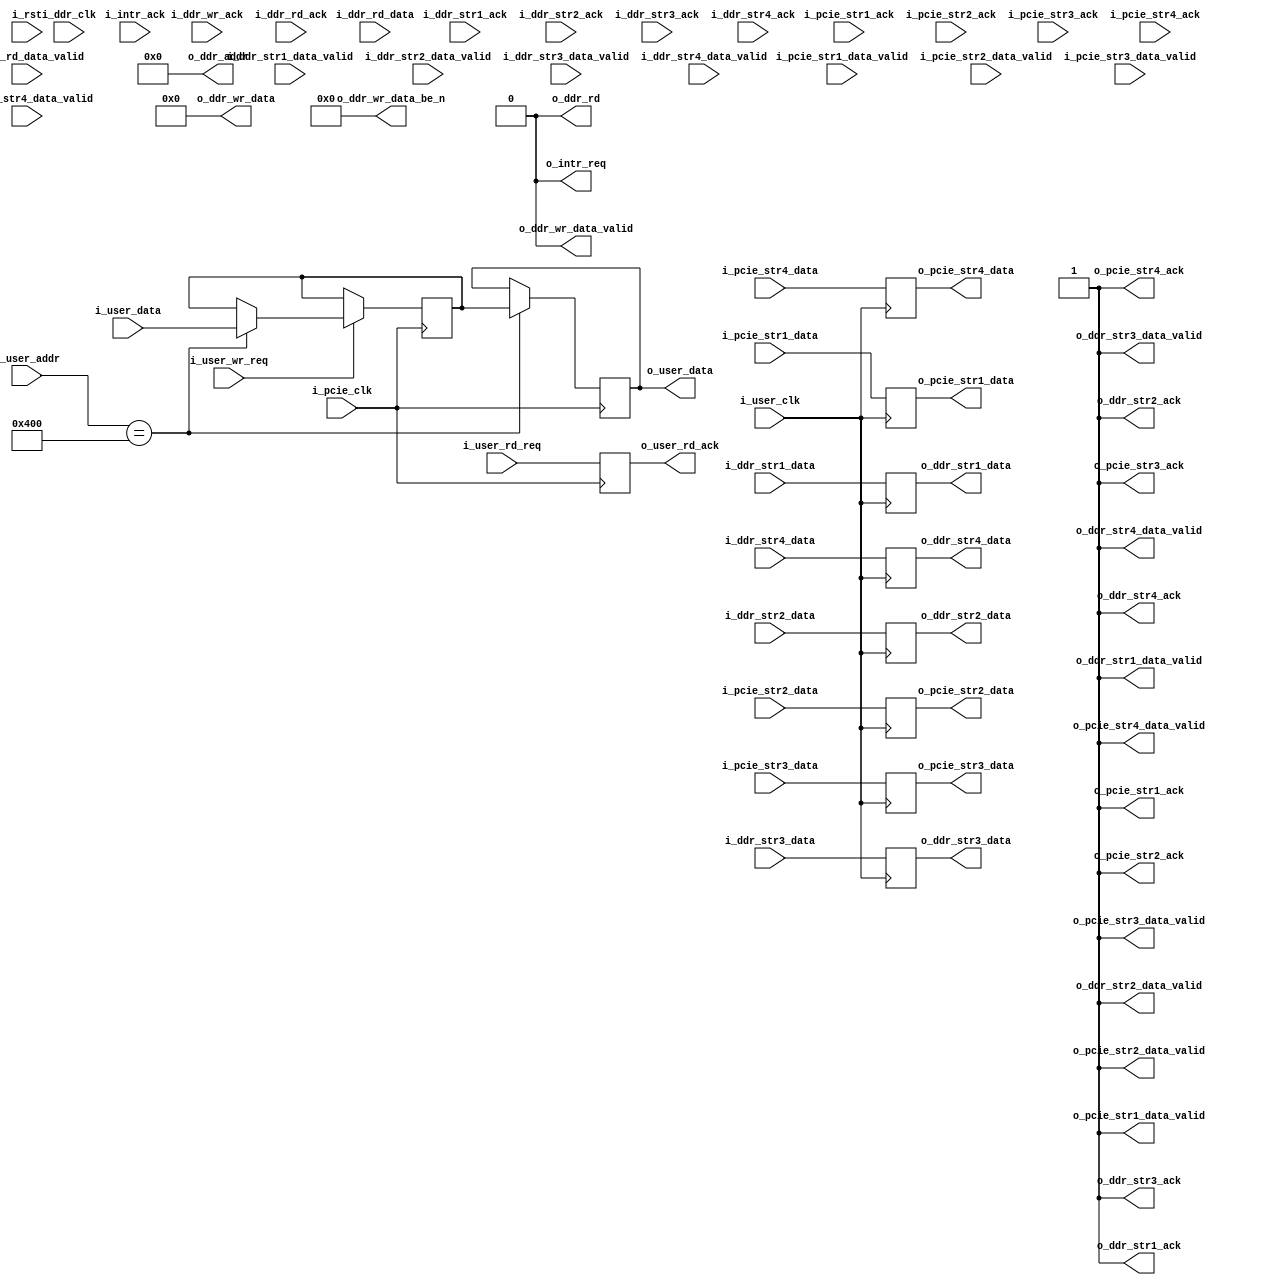
module user_logic_17(
    input              i_pcie_clk, 
    input              i_ddr_clk,  
    input              i_user_clk,  
    input              i_rst,
    input    [31:0]    i_user_data,
    input    [19:0]    i_user_addr,
    input              i_user_wr_req,
    output  reg [31:0] o_user_data,
    output  reg        o_user_rd_ack,
    input              i_user_rd_req, 
    output   [255:0]   o_ddr_wr_data,
    output   [31:0]    o_ddr_wr_data_be_n,
    output             o_ddr_wr_data_valid,
    output   [26:0]    o_ddr_addr,
    output             o_ddr_rd,
    input    [255:0]   i_ddr_rd_data,
    input              i_ddr_rd_data_valid,
    input              i_ddr_wr_ack,
    input              i_ddr_rd_ack,
    input              i_ddr_str1_data_valid,
    output             o_ddr_str1_ack,
    input    [63:0]    i_ddr_str1_data,
    output             o_ddr_str1_data_valid,
    input              i_ddr_str1_ack,
    output   reg [63:0]o_ddr_str1_data,
    input              i_ddr_str2_data_valid,
    output             o_ddr_str2_ack,
    input    [63:0]    i_ddr_str2_data,
    output             o_ddr_str2_data_valid,
    input              i_ddr_str2_ack,
    output   reg [63:0]o_ddr_str2_data,
    input              i_ddr_str3_data_valid,
    output             o_ddr_str3_ack,
    input    [63:0]    i_ddr_str3_data,
    output             o_ddr_str3_data_valid,
    input              i_ddr_str3_ack,
    output   reg [63:0]o_ddr_str3_data,	 
    input              i_ddr_str4_data_valid,
    output             o_ddr_str4_ack,
    input    [63:0]    i_ddr_str4_data,
    output             o_ddr_str4_data_valid,
    input              i_ddr_str4_ack,
    output   reg [63:0]o_ddr_str4_data,
    input              i_pcie_str1_data_valid,
    output             o_pcie_str1_ack,
    input    [63:0]    i_pcie_str1_data,
    output             o_pcie_str1_data_valid,
    input              i_pcie_str1_ack,
    output   reg [63:0]o_pcie_str1_data,
    input              i_pcie_str2_data_valid,
    output             o_pcie_str2_ack,
    input    [63:0]    i_pcie_str2_data,
    output             o_pcie_str2_data_valid,
    input              i_pcie_str2_ack,
    output   reg [63:0]o_pcie_str2_data,
    input              i_pcie_str3_data_valid,
    output             o_pcie_str3_ack,
    input    [63:0]    i_pcie_str3_data,
    output             o_pcie_str3_data_valid,
    input              i_pcie_str3_ack,
    output   reg [63:0]o_pcie_str3_data,
    input              i_pcie_str4_data_valid,
    output             o_pcie_str4_ack,
    input    [63:0]    i_pcie_str4_data,
    output             o_pcie_str4_data_valid,
    input              i_pcie_str4_ack,
    output   reg [63:0]o_pcie_str4_data,
    output             o_intr_req,
    input              i_intr_ack
);
reg [31:0] user_control;
assign o_intr_req             = 1'b0;
assign o_ddr_wr_data          = 0;
assign o_ddr_wr_data_be_n     = 0;
assign o_ddr_wr_data_valid    = 0;
assign o_ddr_addr             = 0;
assign o_ddr_rd               = 0;
assign o_ddr_str1_ack         = 1'b1;
assign o_ddr_str2_ack         = 1'b1;
assign o_ddr_str3_ack         = 1'b1;
assign o_ddr_str4_ack         = 1'b1;
assign o_pcie_str1_ack        = 1'b1;
assign o_pcie_str2_ack        = 1'b1;
assign o_pcie_str3_ack        = 1'b1;
assign o_pcie_str4_ack        = 1'b1;
assign o_pcie_str1_data_valid = 1'b1;
assign o_pcie_str2_data_valid = 1'b1;
assign o_pcie_str3_data_valid = 1'b1;
assign o_pcie_str4_data_valid = 1'b1;
assign o_ddr_str1_data_valid  = 1'b1;
assign o_ddr_str2_data_valid  = 1'b1;
assign o_ddr_str3_data_valid  = 1'b1;
assign o_ddr_str4_data_valid  = 1'b1;
always @(posedge i_user_clk)
begin
    o_pcie_str1_data       <= i_pcie_str1_data;
    o_pcie_str2_data       <= i_pcie_str2_data;
    o_pcie_str3_data       <= i_pcie_str3_data;
    o_pcie_str4_data       <= i_pcie_str4_data;
    o_ddr_str1_data        <= i_ddr_str1_data;
    o_ddr_str2_data        <= i_ddr_str2_data;
    o_ddr_str3_data        <= i_ddr_str3_data;
    o_ddr_str4_data        <= i_ddr_str4_data;
end
always @(posedge i_pcie_clk)
begin
    if(i_user_wr_req)
    begin
        case(i_user_addr)
          'h400:begin
              user_control <= i_user_data;  
          end
        endcase
    end
end
always @(posedge i_pcie_clk)
begin
   case(i_user_addr)
     'h400:begin
         o_user_data <= user_control;
     end
   endcase
   o_user_rd_ack  <= i_user_rd_req;
end
endmodule